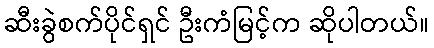
ဆီးခွဲစက်ပိုင်ရှင် ဦးကံမြင့်က ဆိုပါတယ်။